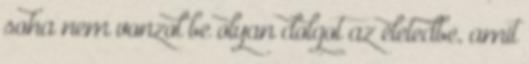
soha nem vonzol be olyan dolgot az életedbe, amit